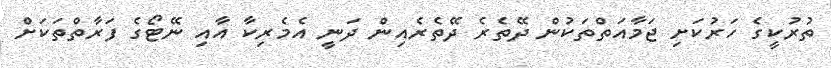
ތުރުކީގެ ހަރުކަށި ޖަމާއަތްތަކުން ދޭތެރެ ދޭތެރެއިން ދަނީ އެމެރިކާ އާއި ނޭޓޯގެ ފަރާތްތަކަށް